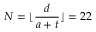
N = \lfloor \frac { d } { a + t } \rfloor = 2 2